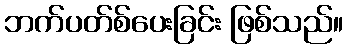
ဘက်ပတ်စ်ပေးခြင်း ဖြစ်သည်။